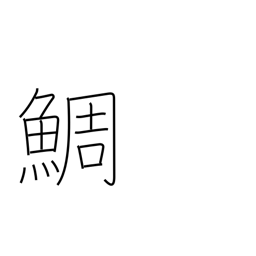
Meaning: red snapper